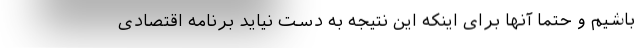
باشیم و حتما آنها برای اینکه این نتیجه به دست نیاید برنامه اقتصادی